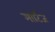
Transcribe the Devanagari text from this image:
मार्टिज